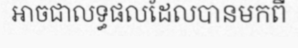
អាចជាលទ្ធផលដែលបានមកពី